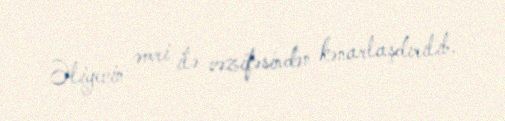
Əliyevin əmri ilə vəzifəsindən kənarlaşdırılıb.